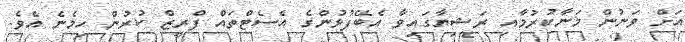
އަށް ވަނުން މަނާކުރުމާއި ރަޝިޔާގައިވާ އެބޭފުޅުންގެ އެސެޓްތައް ފްރީޒް ކުރުން ހިމެނެ އެވެ.